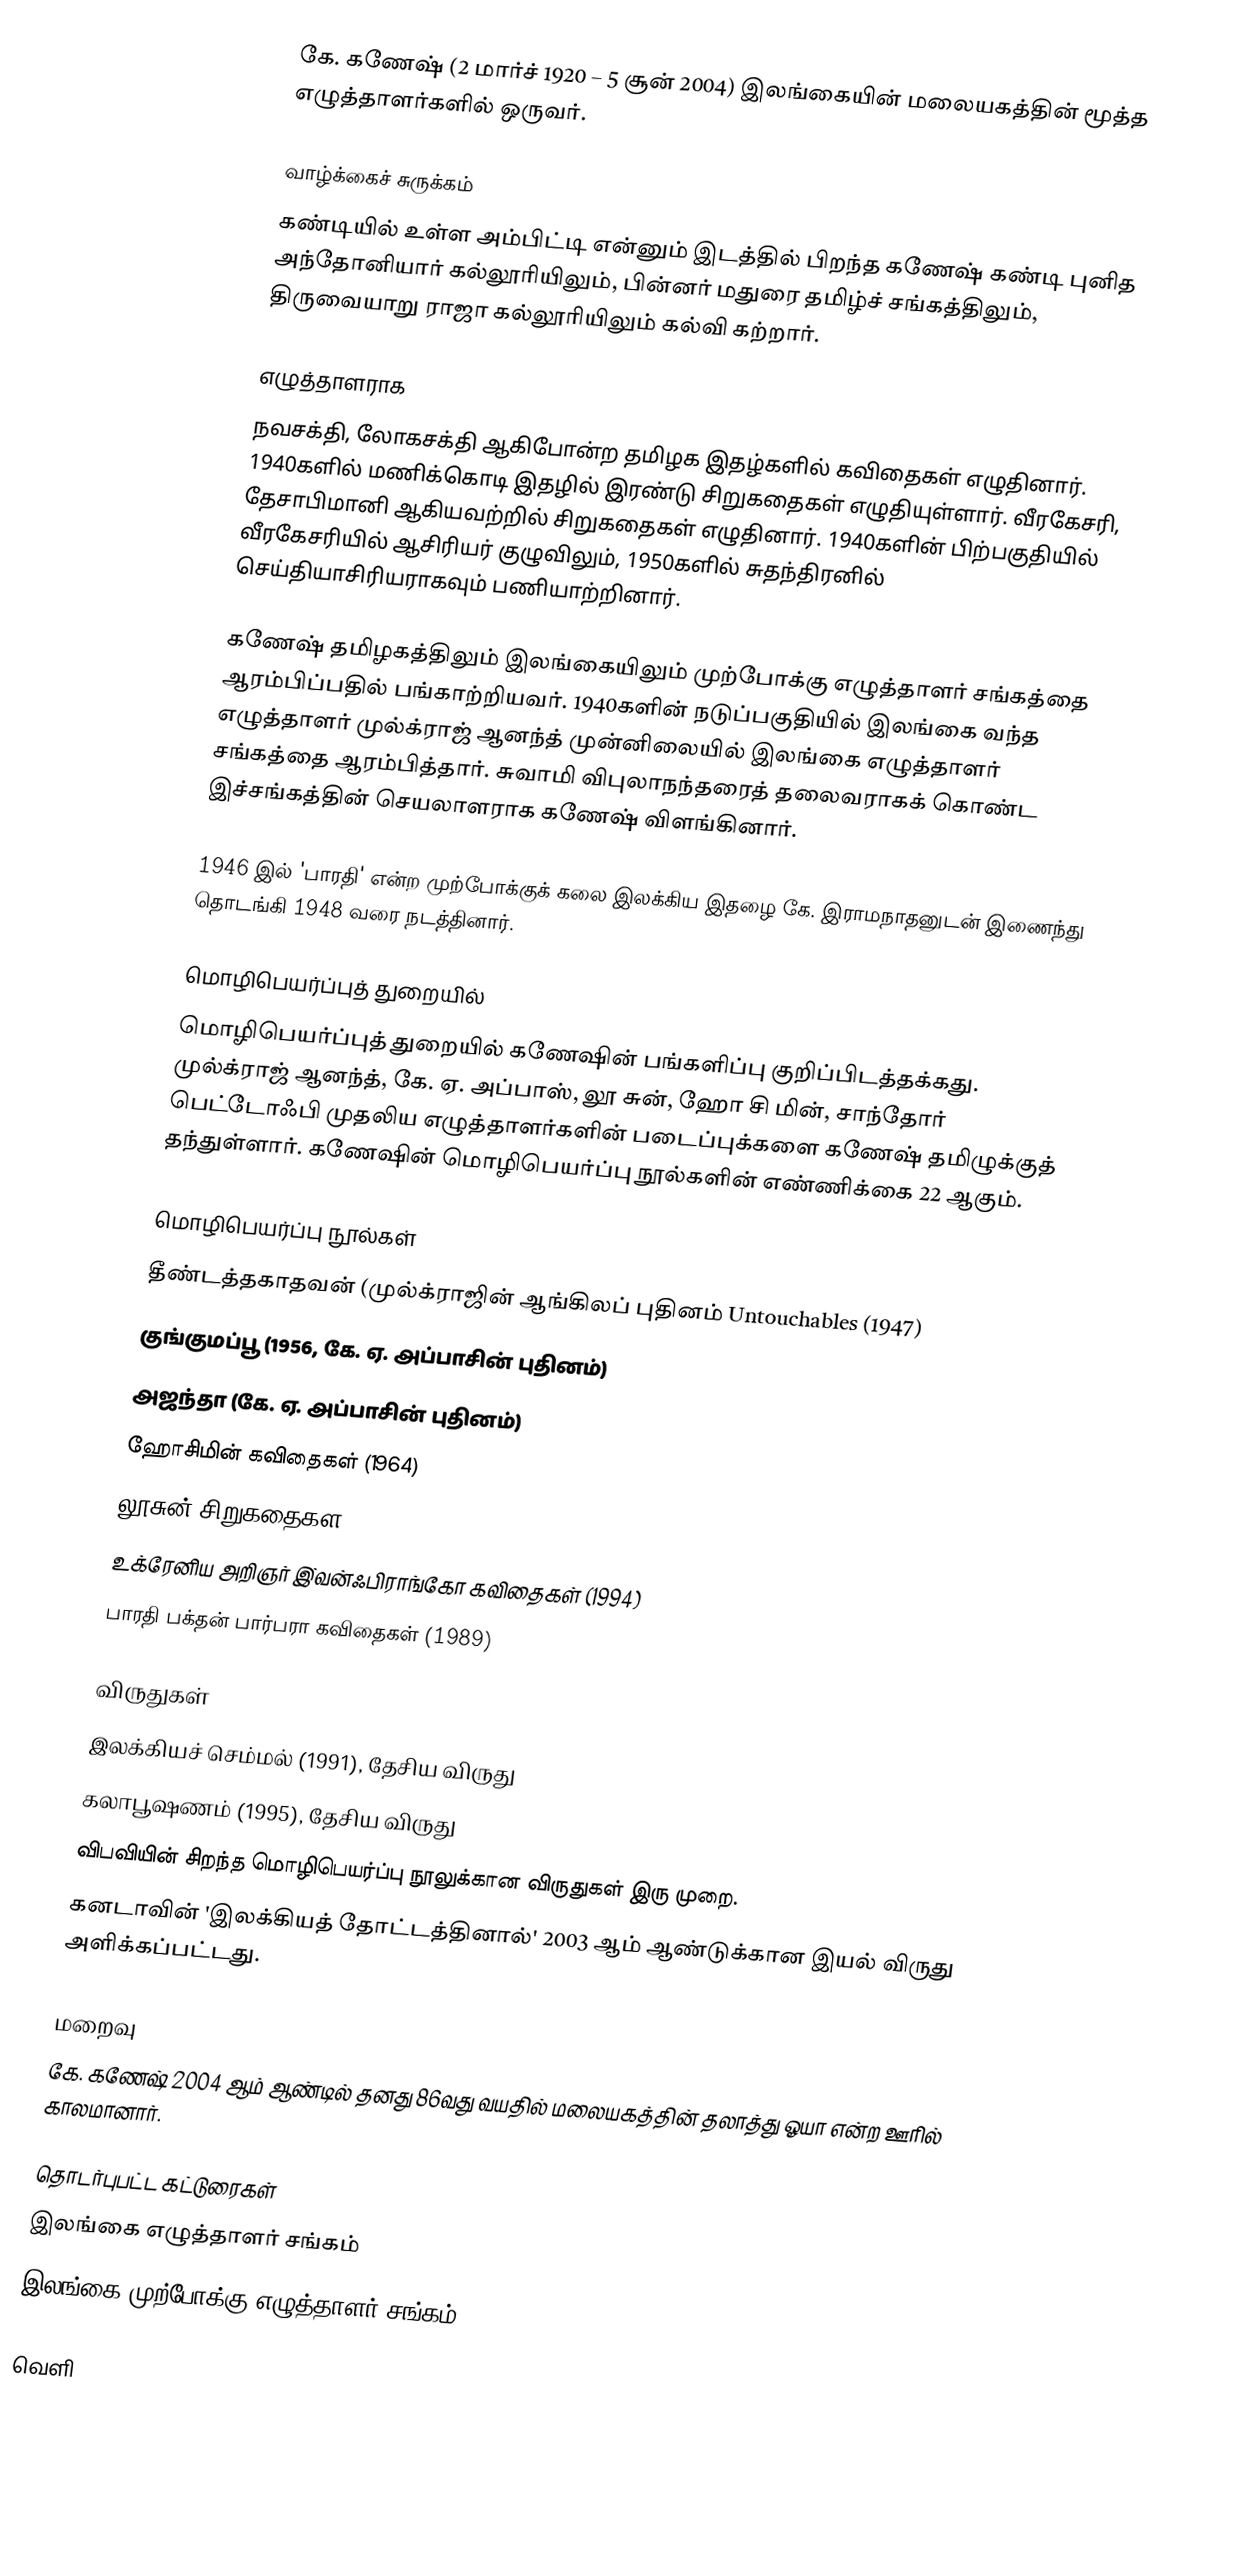
கே. கணேஷ் (2 மார்ச் 1920 – 5 சூன் 2004) இலங்கையின் மலையகத்தின் மூத்த எழுத்தாளர்களில் ஒருவர்.

வாழ்க்கைச் சுருக்கம்
கண்டியில் உள்ள அம்பிட்டி என்னும் இடத்தில் பிறந்த கணேஷ் கண்டி புனித அந்தோனியார் கல்லூரியிலும், பின்னர் மதுரை தமிழ்ச் சங்கத்திலும், திருவையாறு ராஜா கல்லூரியிலும் கல்வி கற்றார்.

எழுத்தாளராக
நவசக்தி, லோகசக்தி ஆகிபோன்ற தமிழக இதழ்களில் கவிதைகள் எழுதினார். 1940களில் மணிக்கொடி இதழில் இரண்டு சிறுகதைகள் எழுதியுள்ளார். வீரகேசரி, தேசாபிமானி ஆகியவற்றில் சிறுகதைகள் எழுதினார். 1940களின் பிற்பகுதியில் வீரகேசரியில் ஆசிரியர் குழுவிலும், 1950களில் சுதந்திரனில் செய்தியாசிரியராகவும் பணியாற்றினார்.

கணேஷ் தமிழகத்திலும் இலங்கையிலும் முற்போக்கு எழுத்தாளர் சங்கத்தை ஆரம்பிப்பதில் பங்காற்றியவர். 1940களின் நடுப்பகுதியில் இலங்கை வந்த எழுத்தாளர் முல்க்ராஜ் ஆனந்த் முன்னிலையில் இலங்கை எழுத்தாளர் சங்கத்தை ஆரம்பித்தார். சுவாமி விபுலாநந்தரைத் தலைவராகக் கொண்ட இச்சங்கத்தின் செயலாளராக கணேஷ் விளங்கினார்.

1946 இல் 'பாரதி' என்ற முற்போக்குக் கலை இலக்கிய இதழை கே. இராமநாதனுடன் இணைந்து தொடங்கி 1948 வரை நடத்தினார்.

மொழிபெயர்ப்புத் துறையில்
மொழிபெயர்ப்புத் துறையில் கணேஷின் பங்களிப்பு குறிப்பிடத்தக்கது. முல்க்ராஜ் ஆனந்த், கே. ஏ. அப்பாஸ், லூ சுன், ஹோ சி மின், சாந்தோர் பெட்டோஃபி முதலிய எழுத்தாளர்களின் படைப்புக்களை கணேஷ் தமிழுக்குத் தந்துள்ளார். கணேஷின் மொழிபெயர்ப்பு நூல்களின் எண்ணிக்கை 22 ஆகும்.

மொழிபெயர்ப்பு நூல்கள்
தீண்டத்தகாதவன் (முல்க்ராஜின் ஆங்கிலப் புதினம் Untouchables (1947)
குங்குமப்பூ (1956, கே. ஏ. அப்பாசின் புதினம்)
அஜந்தா (கே. ஏ. அப்பாசின் புதினம்)
ஹோசிமின் கவிதைகள் (1964)
லூசுன் சிறுகதைகள
உக்ரேனிய அறிஞர் இ்வன்ஃபிராங்கோ கவிதைகள் (1994)
பாரதி பக்தன் பார்பரா கவிதைகள் (1989)

விருதுகள்
இலக்கியச் செம்மல் (1991), தேசிய விருது
கலாபூஷணம் (1995), தேசிய விருது
விபவியின் சிறந்த மொழிபெயர்ப்பு நூலுக்கான விருதுகள் இரு முறை.
கனடாவின் 'இலக்கியத் தோட்டத்தினால்' 2003 ஆம் ஆண்டுக்கான இயல் விருது அளிக்கப்பட்டது.

மறைவு
கே. கணேஷ் 2004 ஆம் ஆண்டில் தனது 86வது வயதில் மலையகத்தின் தலாத்து ஓயா என்ற ஊரில் காலமானார்.

தொடர்புபட்ட கட்டுரைகள்
 இலங்கை எழுத்தாளர் சங்கம்
 இலங்கை முற்போக்கு எழுத்தாளர் சங்கம்

வெளி